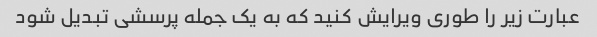
عبارت زیر را طوری ویرایش کنید که به یک جمله پرسشی تبدیل شود